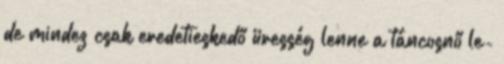
de mindez csak eredetieskedő üresség lenne a táncosnő le-